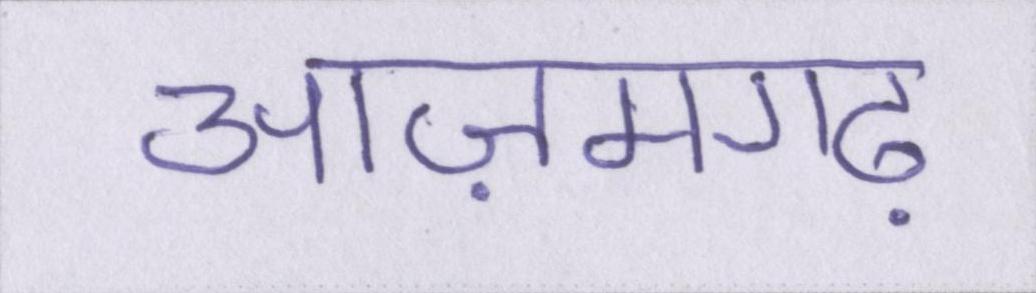
आज़मगढ़